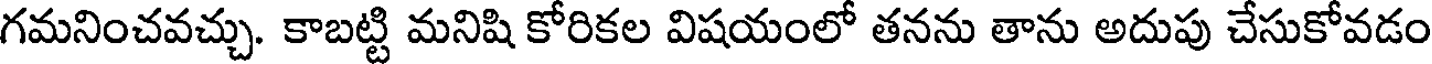
గమనించవచ్చు. కాబట్టి మనిషి కోరికల విషయంలో తనను తాను అదుపు చేసుకోవడం